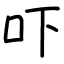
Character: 吓